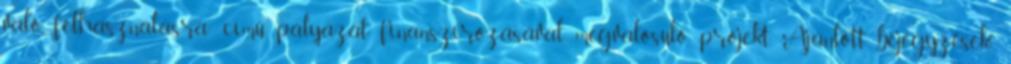
való felhasználásra” című pályázat finanszírozásával megvalósuló projekt. Ajánlott bejegyzések: